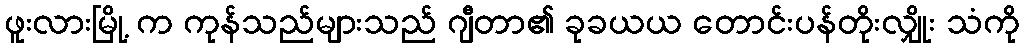
ဖူးလားမြို့ က ကုန်သည်များသည် ဂျီတာ၏ ခုခယယ တောင်းပန်တိုးလျှိုး သံကို